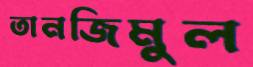
তানজিমুল